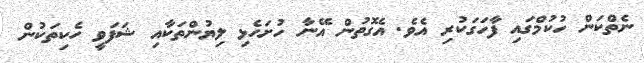
ނެތްކަން ހުކުމްގައި ފާހަގަކުރި އެވެ. އެގޮތުން އޭނާ ހުށަހެޅި ލިޔުންތަކާއި ޝަފަވީ ހެކިތަކުން